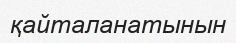
қайталанатынын